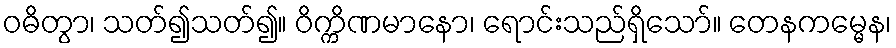
ဝဓိတွာ၊ သတ်၍သတ်၍။ ဝိက္ကိဏမာနော၊ ရောင်းသည်ရှိသော်။ တေနကမ္မေန၊